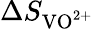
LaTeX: \Delta S_{\textrm{VO}^{2+}}